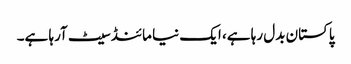
پاکستان بدل رہا ہے، ایک نیا مائنڈ سیٹ آرہا ہے۔